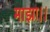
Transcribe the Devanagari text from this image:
माझा।।